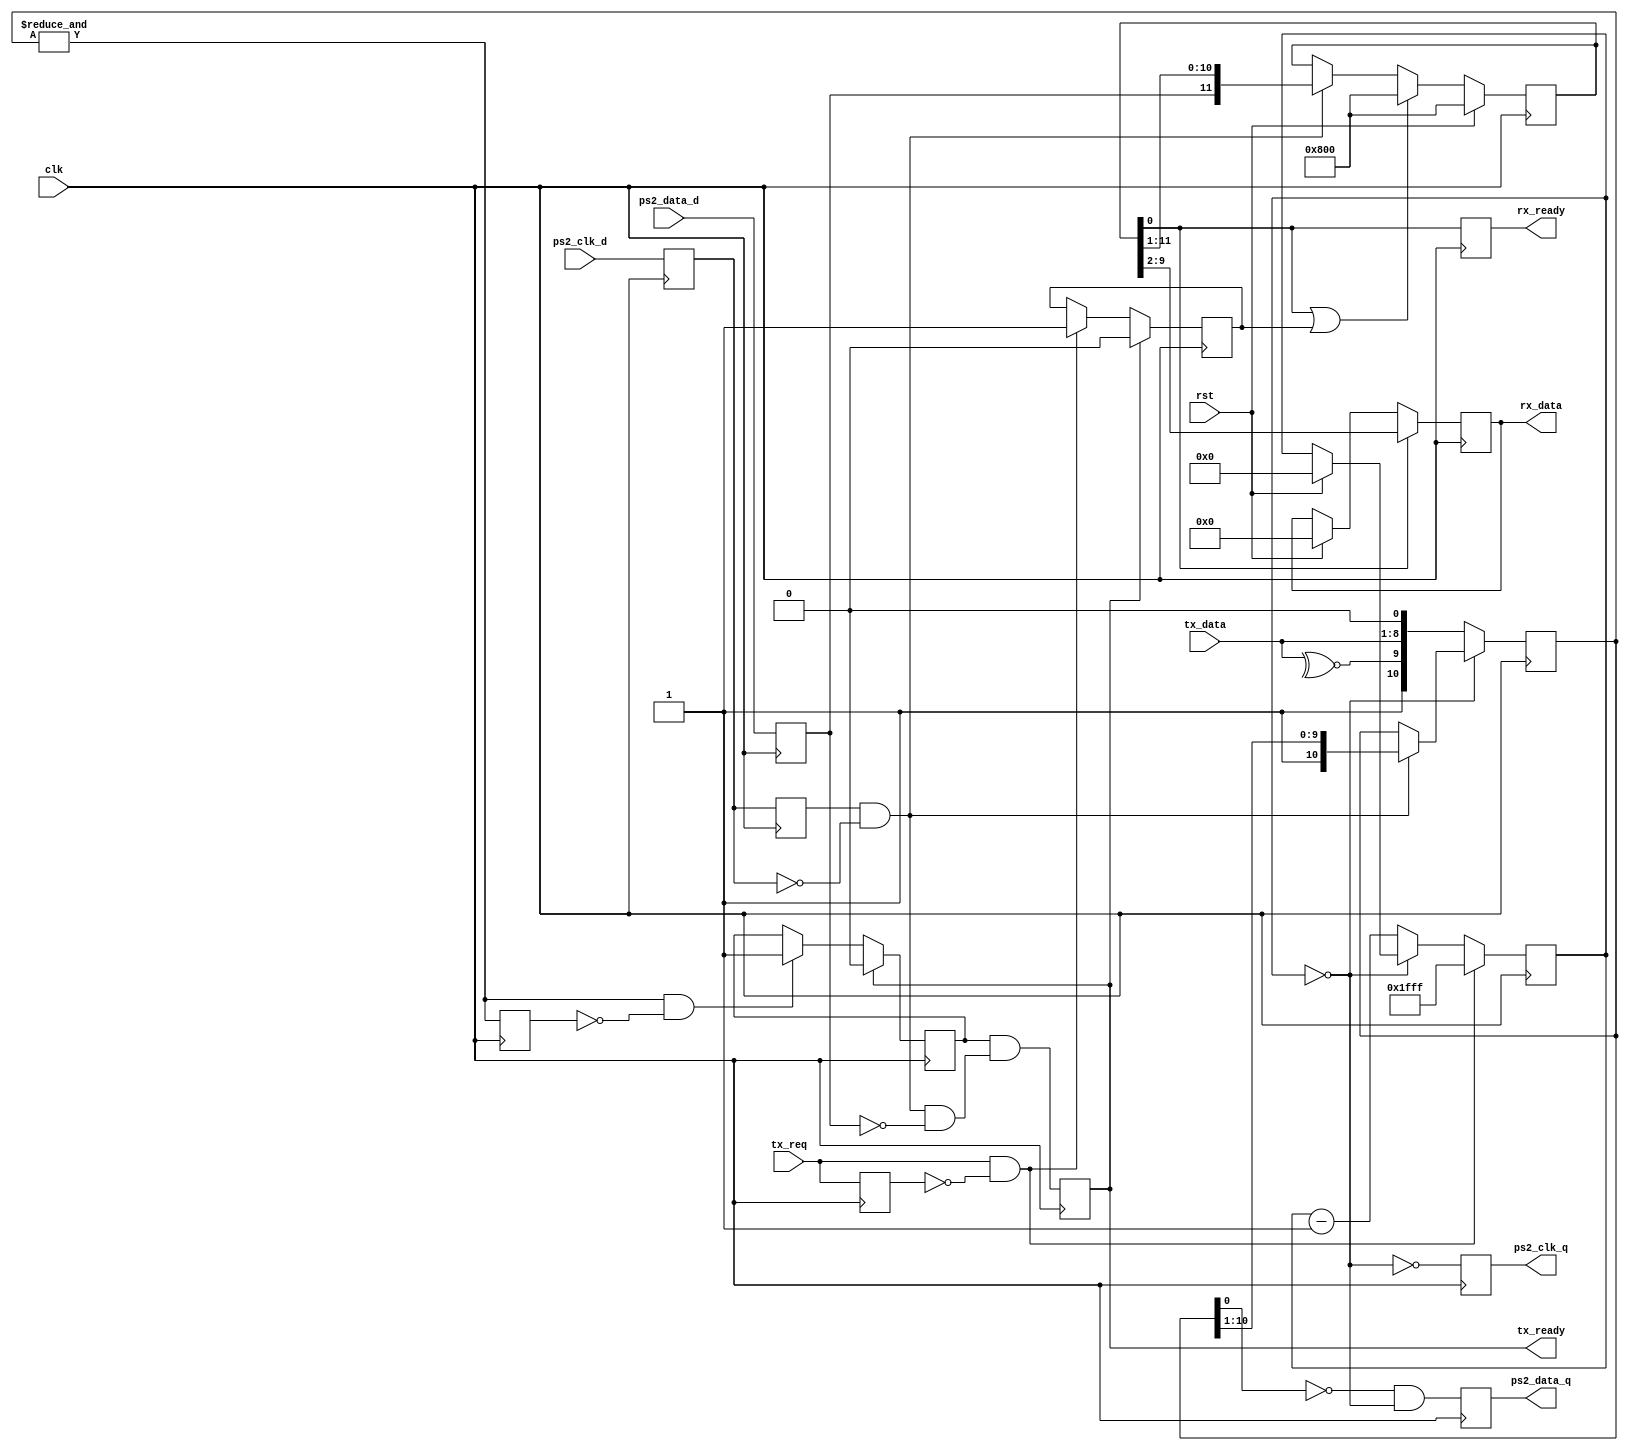
module ps2_host(
		input wire clk,
		input wire rst,
		input wire ps2_clk_d,
		input wire ps2_data_d,
		input wire[7:0] tx_data,
		input wire tx_req,
		output reg ps2_clk_q,
		output reg ps2_data_q,
		output reg [7:0] rx_data,
		output reg rx_ready,
		output reg tx_ready);

reg prev_ps2_clk;
reg prev_tx_req;
wire tx_last;
reg prev_tx_last;
reg tx_done;
reg rx_inhibit;
reg ps2_clk_s, ps2_data_s;
reg [11:0] rx_shift_reg;
reg [10:0] tx_shift_reg;
reg [12:0] timer;
wire timer_z;

assign timer_z = (timer == 13'h0000);
assign tx_last = &tx_shift_reg;

initial
begin
	rx_shift_reg = 12'b100000000000;
	timer = 13'h0000;
	rx_data = 8'h00;
	rx_ready = 1'b0;
end
always @(posedge clk)
begin
	ps2_clk_s <= ps2_clk_d;
	ps2_data_s <= ps2_data_d;
	prev_ps2_clk <= ps2_clk_s;
	prev_tx_req <= tx_req;
	prev_tx_last <= tx_last;
	if(rst)
	begin
		rx_shift_reg <= 12'b100000000000;
		timer <= 13'h0000;
		rx_data <= 8'h00;
		rx_ready <= 1'b0;
	end
	else if(rx_shift_reg[0] | rx_inhibit)
	begin
		rx_shift_reg <= 12'b100000000000;
	end
	else if(prev_ps2_clk & (~ps2_clk_s))
		rx_shift_reg <= {ps2_data_s, rx_shift_reg[11:1]};
	if(rx_shift_reg[0])	//last bit received
		rx_data <= rx_shift_reg[9:2];
	rx_ready <= rx_shift_reg[0];
	
	if(tx_req & (~prev_tx_req))
	begin
		timer <= 13'b1111111111111;
		rx_inhibit <= 1'b1;
	end
	else if(~timer_z)
		timer <= timer - 13'h0001;
	if(~timer_z)
		tx_shift_reg <= {1'b1, ~^tx_data, tx_data, 1'b0};
	else if(prev_ps2_clk & (~ps2_clk_s))
		tx_shift_reg <= {1'b1, tx_shift_reg[10:1]};
	ps2_clk_q <= ~timer_z;
	ps2_data_q <= (~tx_shift_reg[0]) & timer_z;
	if(tx_last & (~prev_tx_last))
		tx_done <= 1'b1;	//tx_done means the last 0 has been sent (data line is released by host)
	tx_ready <= tx_done & (prev_ps2_clk & (~ps2_clk_s) & (~ps2_data_s));	//detect ACK
	if(tx_ready)
	begin
		rx_inhibit <= 1'b0;
		tx_done <= 1'b0;
	end
end
endmodule